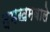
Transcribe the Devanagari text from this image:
दमखमवाले